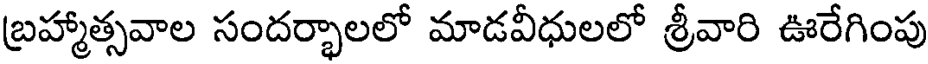
బ్రహ్మాత్సవాల సందర్భాలలో మాడవీధులలో శ్రీవారి ఊరేగింపు